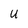
Character: U